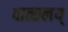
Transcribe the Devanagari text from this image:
वात्सलय्